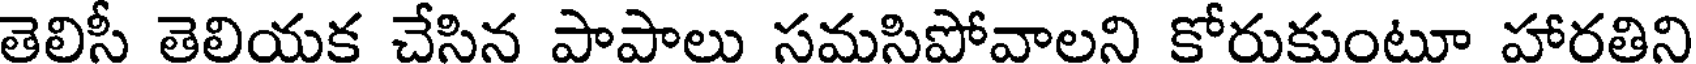
తెలిసీ తెలియక చేసిన పాపాలు సమసిపోవాలని కోరుకుంటూ హారతిని